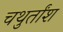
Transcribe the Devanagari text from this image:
चथुर्तांश